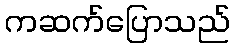
ကဆက်ပြောသည်